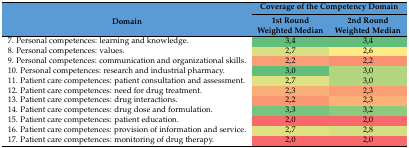
| <ROWSPAN=2> Domain | <COLSPAN=2> Coverage of the Competency Domain |
 | 1st Round Weighted Median | 2nd Round Weighted Median |
 | --- | --- | --- |
 | 7. Personal competences: learning and knowledge. | 3,4 | 3,4 |
 | 8. Personal competences: values. | 2,7 | 2,6 |
 | 9. Personal competences: communication and organizational skills. | 2,2 | 2,2 |
 | 10. Personal competences: research and industrial pharmacy. | 3,0 | 3,0 |
 | 11. Patient care competences: patient consultation and assessment. | 2,7 | 3,0 |
 | 12. Patient care competences: need for drug treatment. | 2,3 | 2,3 |
 | 13. Patient care competences: drug interactions. | 2,2 | 2,3 |
 | 14. Patient care competences: drug dose and formulation. | 3,3 | 3,2 |
 | 15. Patient care competences: patient education. | 2,0 | 2,0 |
 | 16. Patient care competences: provision of information and service. | 2,7 | 2,8 |
 | 17. Patient care competences: monitoring of drug therapy. | 2,0 | 2,0 |